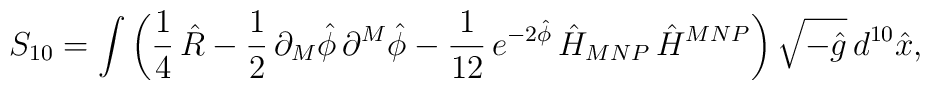
S_{10}=\int \left(\frac{1}{4}\,\hat{R}-\frac{1}{2}\,\partial_{M}\hat{\phi}\,\partial ^{M}\hat{\phi}-\frac{1}{12}\,e^{-2\hat{\phi}}\,\hat{H}_{MNP}\,\hat{H}^{MNP}\right)\sqrt{-\hat{g}}\,d^{10}\hat{x},